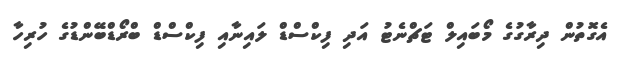
އެގޮތުން ދިރާގުގެ މޯބައިލް ޓަޗްނެޓު އަދި ފިކްސްޑް ލައިނާއި ފިކްސްޑް ބްރޯޑްބޭންޑުގެ ހުރިހާ